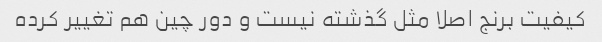
کیفیت برنج اصلا مثل گذشته نیست و دور چین هم تغییر کرده